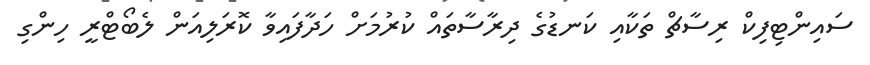
ސައިންޓިފިކް ރިސާޗް ތަކާއި ކަނޑުގެ ދިރާސާތައް ކުރުމަށް ހަދާފައިވާ ކޮރަލިއަން ލެބޯޓްރީ ހިންގި